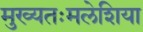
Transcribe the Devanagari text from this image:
मुख्यतःमलेशिया